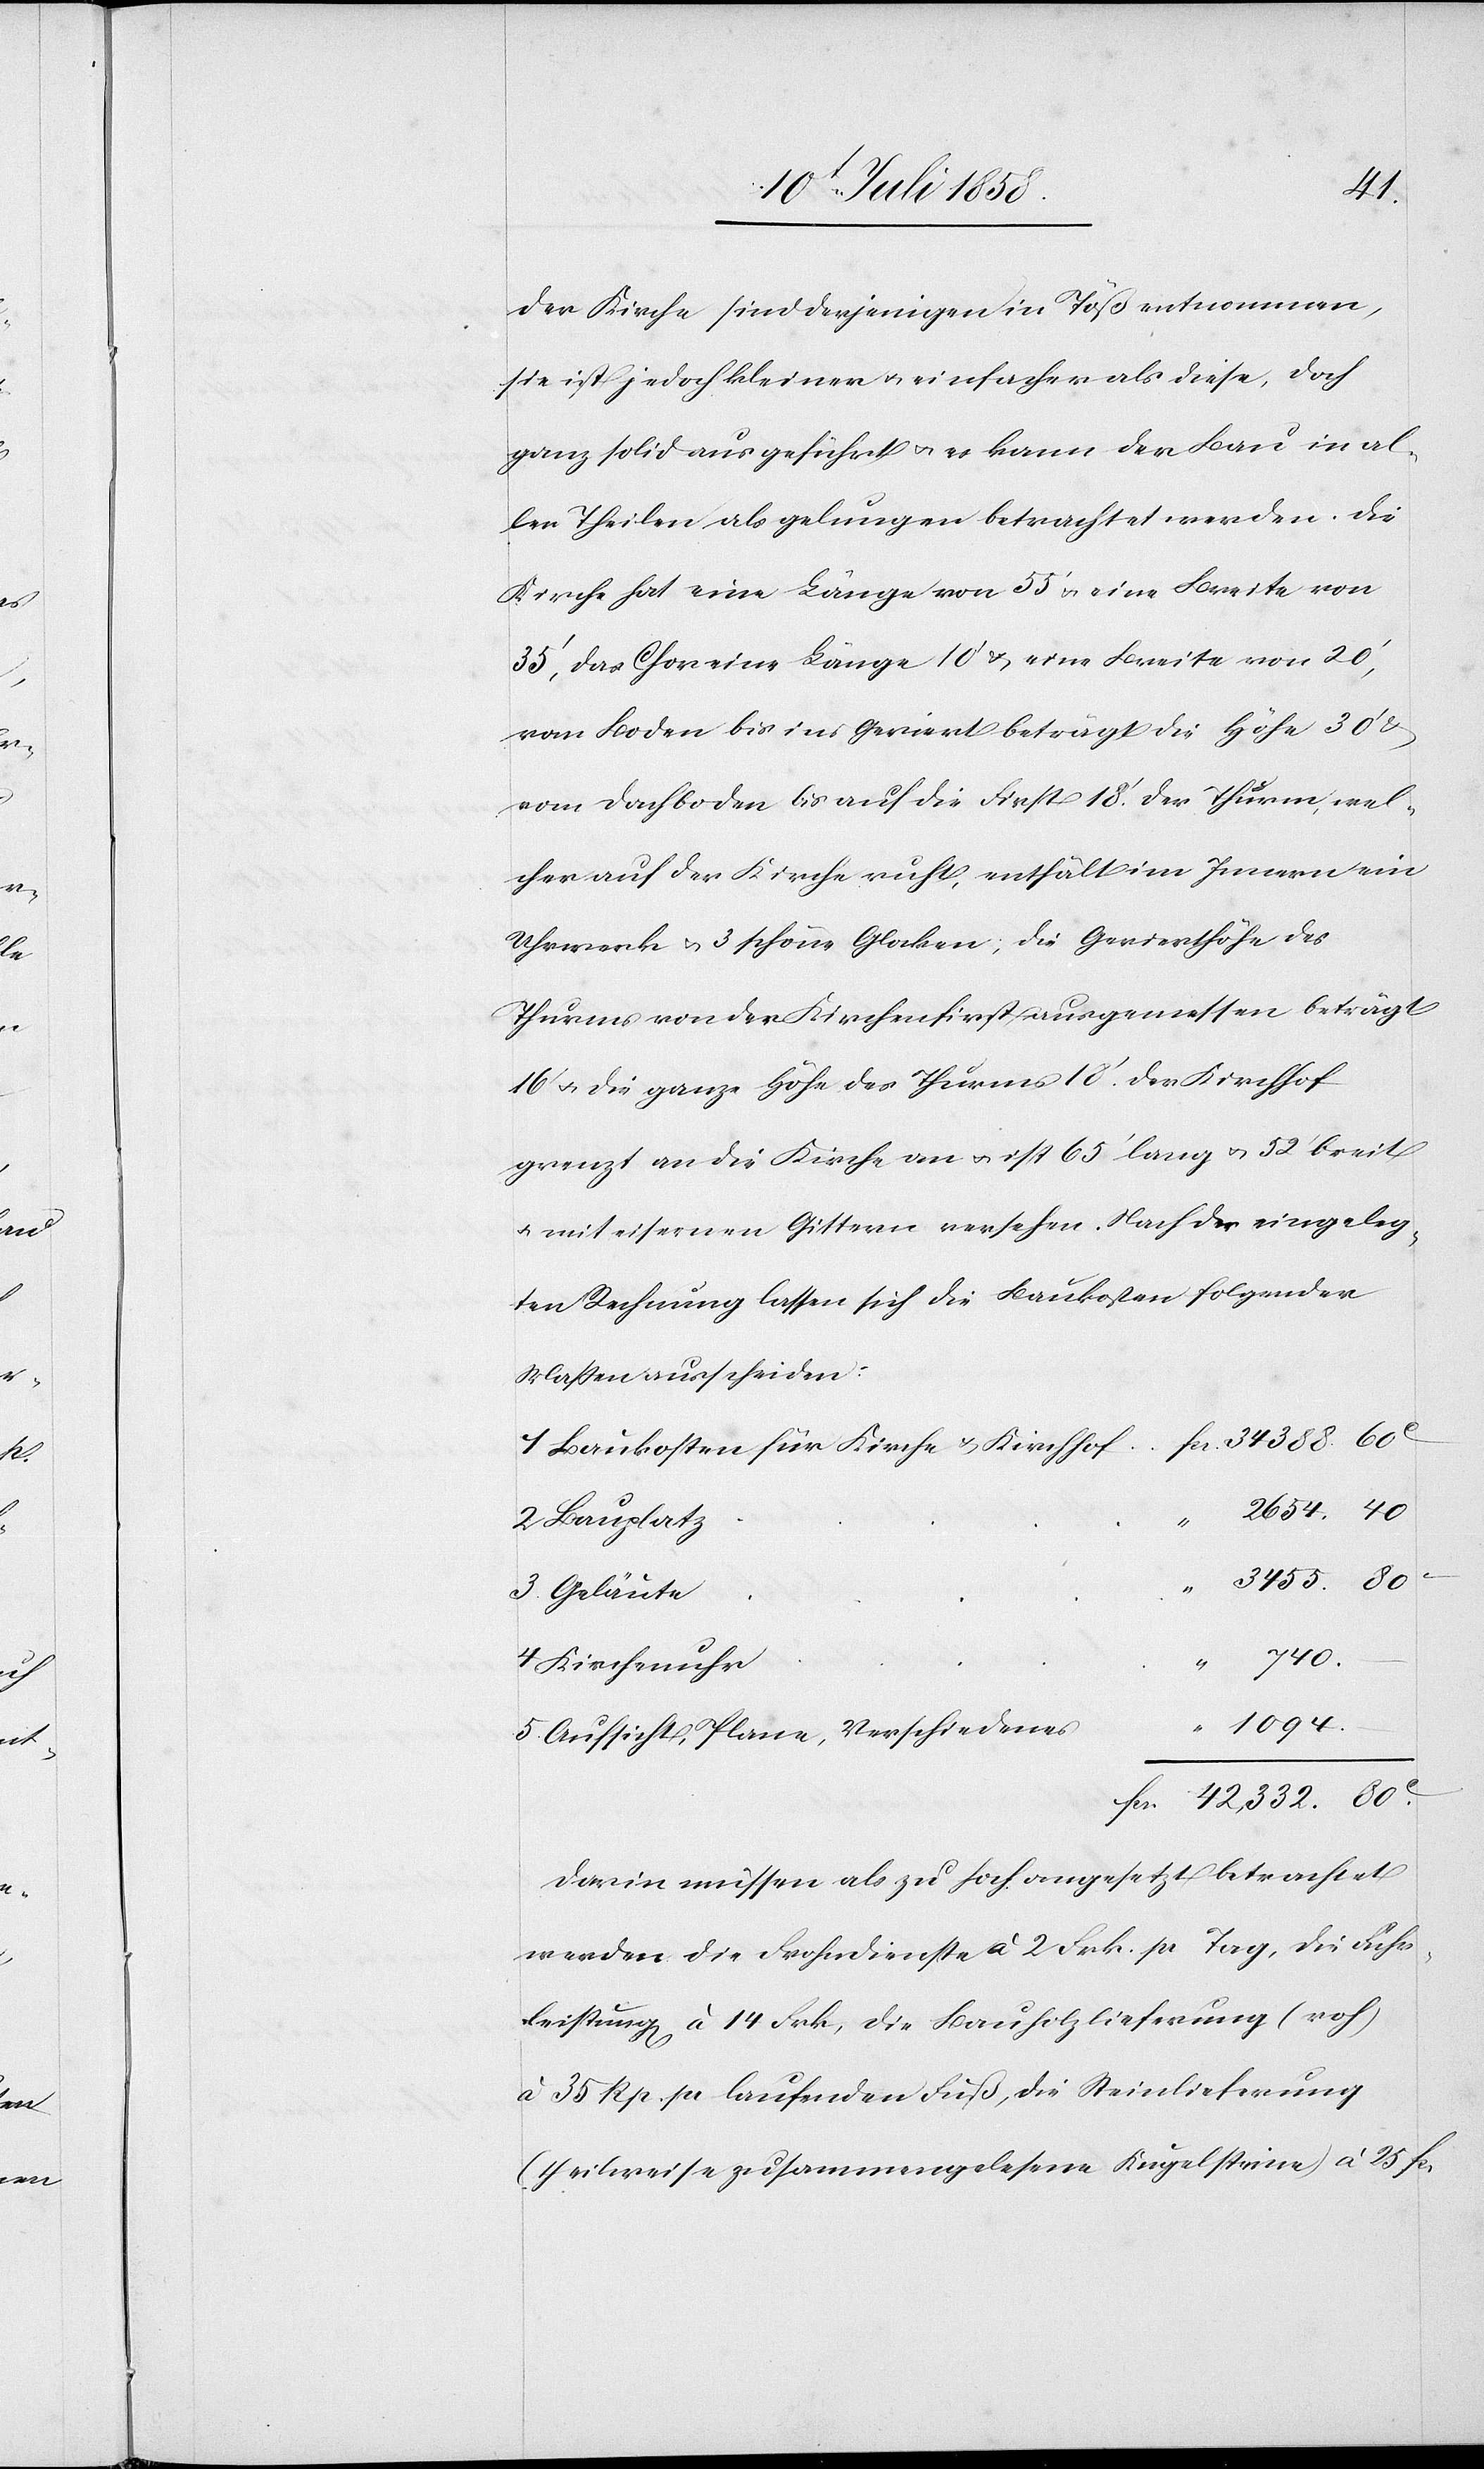
40
der Kirche sind derjenigen in Töß entnommen,
sie ist jedoch kleiner & einfacher als diese, doch
ganz solid ausgeführt & es kann der Bau in al¬
len Theilen als gelungen betrachtet werden. Die
Kirche hat eine Länge von 55‘ & eine Breite von
35‘, das Chor eine Länge [von] 10‘ & eine Breite von 20‘,
vom Boden bis ins Geviert beträgt die Höhe 30‘
vom Dachboden bis auf die First 18‘. Der Thurm, wel¬
cher auf der Kirche ruht, enthält im Innern ein
Uhrwerk & 3 schöne Glocken, die Gevierthöhe des
Thurms von der Kirchenfirst ausgemessen beträgt
16‘ & die ganze Höhe des Thurms 18‘. Der Kirchhof
grenzt an die Kirche an & ist 65‘ lang & 52‘ breit
& mit eisernen Gittern versehen. Nach der eingeleg¬
ten Rechnung lassen sich die Baukosten folgender
Maßen ausscheiden:
Baukosten für Kirche & Kirchhof
Bauplatz
“
34 388.
80C.
Geläute
42,332.
–
Kirchenuhr
1094.
Aufsicht, Plane, Verschiedenes
Darin müssen als zu hoch angesetzt betrachtet
werden die Frohndienste à 2 Frk. pr Tag, die Fuhr¬
leistung[en] à 14 Frk, die Bauholzlieferung (roh)
à 35 Rp. pr laufenden Fuß, die Steinlieferung
(theilweise zusammengelesene Kugelsteine) à 25 fcs